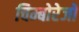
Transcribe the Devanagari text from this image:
चिम्बोरेजो